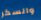
والسكر